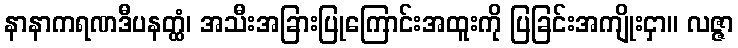
နာနာကရဏဒီပနတ္ထံ၊ အသီးအခြားပြုကြောင်းအထူးကို ပြခြင်းအကျိုးငှာ။ လဇ္ဇာ